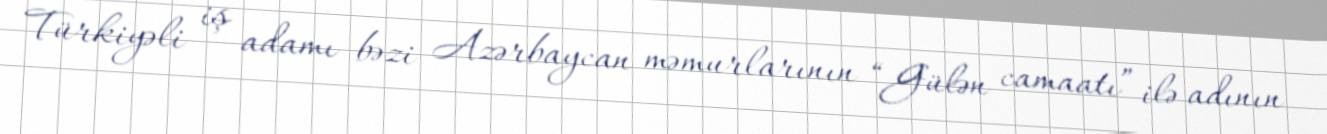
Türkiyəli iş adamı bəzi Azərbaycan məmurlarının “Gülən camaatı” ilə adının